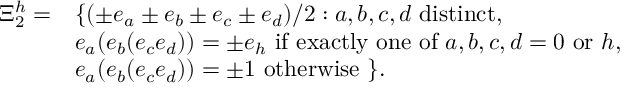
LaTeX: \begin{array} { c l } { { \Xi _ { 2 } ^ { h } = } } & { { \{ ( \pm e _ { a } \pm e _ { b } \pm e _ { c } \pm e _ { d } ) / 2 : a , b , c , d \mathrm { ~ d i s t i n c t } , } } \\ { { } } & { { e _ { a } ( e _ { b } ( e _ { c } e _ { d } ) ) = \pm e _ { h } \mathrm { ~ i f ~ e x a c t l y ~ o n e ~ o f ~ } a , b , c , d = 0 \mathrm { ~ o r ~ } h , } } \\ { { } } & { { e _ { a } ( e _ { b } ( e _ { c } e _ { d } ) ) = \pm 1 \mathrm { ~ o t h e r w i s e ~ } \} . } } \end{array}